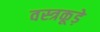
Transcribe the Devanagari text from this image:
वस्त्रकूड़े